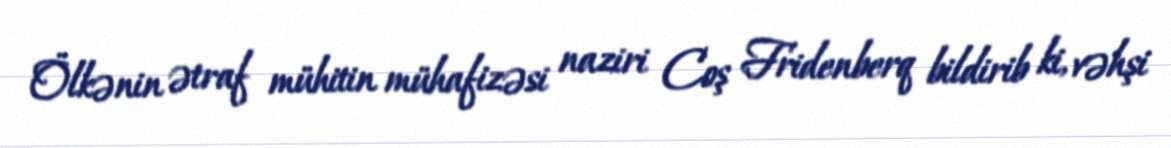
Ölkənin ətraf mühitin mühafizəsi naziri Coş Fridenberq bildirib ki, vəhşi